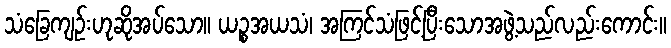
သံခြေကျဉ်းဟုဆိုအပ်သော။ ယဉ္စအယသံ၊ အကြင်သံဖြင့်ပြီးသောအဖွဲ့သည်လည်းကောင်း။